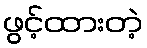
ဖွင့်ထားတဲ့